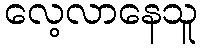
လေ့လာနေသူ